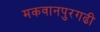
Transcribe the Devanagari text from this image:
मकवानपुरगढी